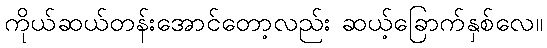
ကိုယ်ဆယ်တန်းအောင်တော့လည်း ဆယ့်ခြောက်နှစ်လေ။